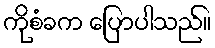
ကိုစံခက ပြောပါသည်။